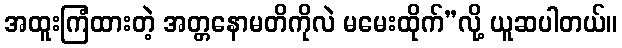
အထူးကြံထားတဲ့ အတ္တနောမတိကိုလဲ မမေးထိုက်”လို့ ယူဆပါတယ်။